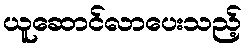
ယူဆောင်လာပေးသည့်